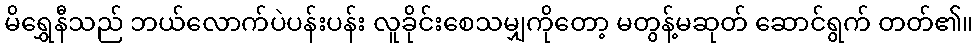
မိရွှေနီသည် ဘယ်လောက်ပဲပန်းပန်း လူခိုင်းစေသမျှကိုတော့ မတွန့်မဆုတ် ဆောင်ရွက် တတ်၏။